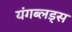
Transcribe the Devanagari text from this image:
यंगब्लड्स